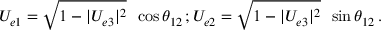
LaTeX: U _ { e 1 } = \sqrt { 1 - | U _ { e 3 } | ^ { 2 } } \, ~ \cos \theta _ { 1 2 } \, ; U _ { e 2 } = \sqrt { 1 - | U _ { e 3 } | ^ { 2 } } \, ~ \sin \theta _ { 1 2 } \, .